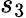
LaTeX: s_{3}